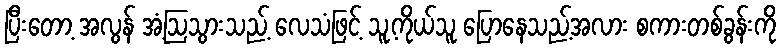
ပြီးတော့ အလွန် အံ့ဩသွားသည့် လေသံဖြင့် သူ့ကိုယ်သူ ပြောနေသည့်အလား စကားတစ်ခွန်းကို